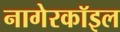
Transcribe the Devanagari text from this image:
नागेरकॉइल